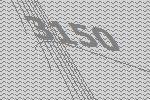
3150